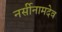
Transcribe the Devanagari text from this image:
नर्सीनामदेव